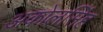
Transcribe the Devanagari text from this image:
अकोलसिंह